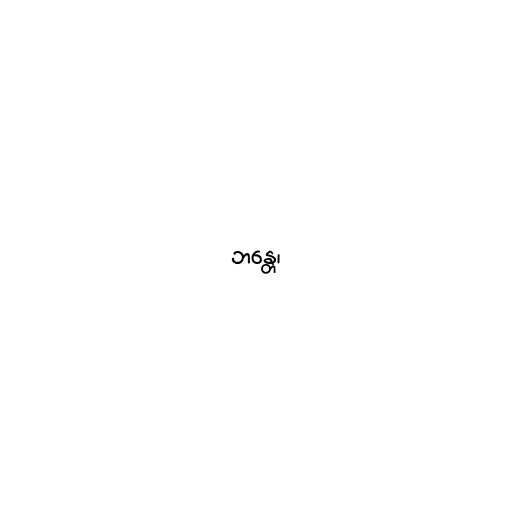
ဘန္တေ၊